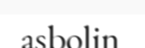
asbolin